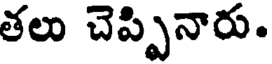
తలు చెప్పినారు.